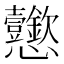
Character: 𢦆